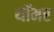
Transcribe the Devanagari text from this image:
थॉमर